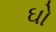
ઘો